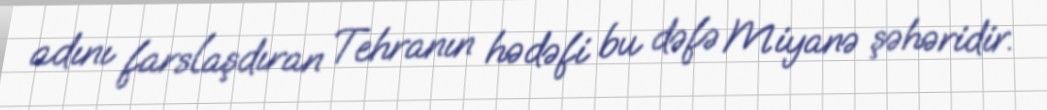
adını farslaşdıran Tehranın hədəfi bu dəfə Miyanə şəhəridir.